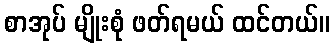
စာအုပ် မျိုးစုံ ဖတ်ရမယ် ထင်တယ်။